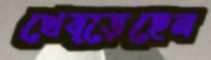
থেব্‌ড়েছেন